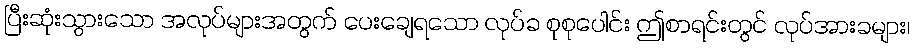
ပြီးဆုံးသွားသော အလုပ်များအတွက် ပေးချေရသော လုပ်ခ စုစုပေါင်း ဤစာရင်းတွင် လုပ်အားခများ၊